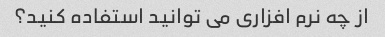
از چه نرم افزاری می توانید استفاده کنید؟